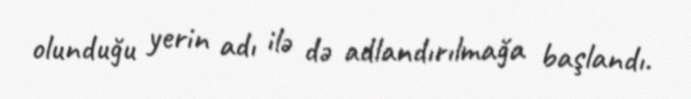
olunduğu yerin adı ilə də adlandırılmağa başlandı.